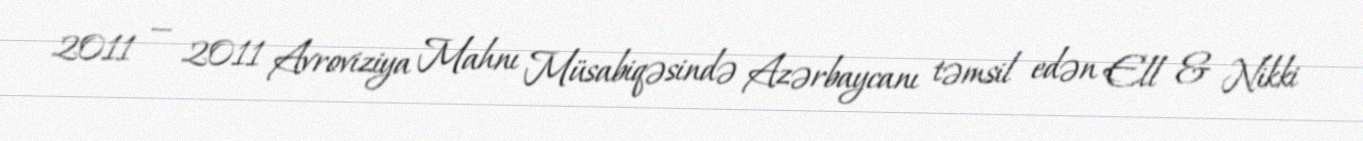
2011 — 2011 Avroviziya Mahnı Müsabiqəsində Azərbaycanı təmsil edən Ell & Nikki